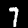
Digit: 7